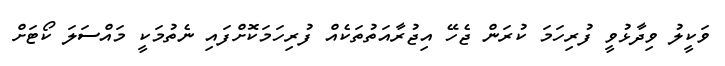
ވަކީލު ވިދާޅުވީ ފުރިހަމަ ކުރަން ޖެހޭ އިޖުރާއަތުތަކެއް ފުރިހަމަކޮށްފައި ނެތުމަކީ މައްސަލަ ކޯޓަށް